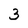
Character: 3